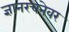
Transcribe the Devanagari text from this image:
ज्ञानरचनेवर